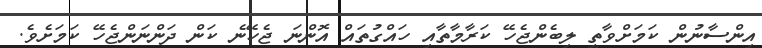
އިންސާނުން ކަމަށްވާތީ ލިބެންޖެހޭ ކަރާމާތާއި ހައްގުތައް އޮންނަ ޖެހޭނެ ކަން ދަންނަންޖެހޭ ކަމަށެވެ.